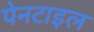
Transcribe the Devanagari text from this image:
पेनटाइल